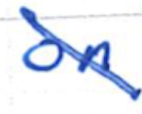
Text: on
Cross-out: diagonal
Writing tool: ballpoint